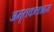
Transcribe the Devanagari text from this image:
अमृतकलशास